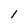
Character: 1